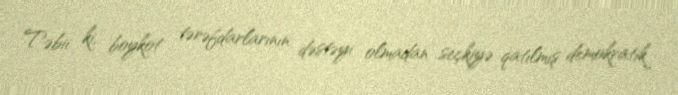
Təbii ki, boykot tərəfdarlarının dəstəyi olmadan seçkiyə qatılmış demokratik